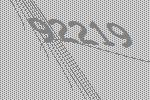
92219